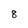
Character: 8